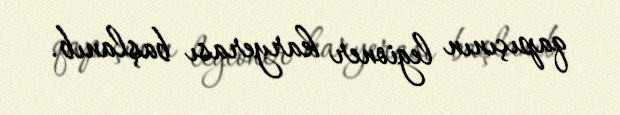
qapıçının legioner karyerası başlanıb.